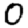
Digit: 0